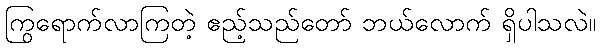
ကြွရောက်လာကြတဲ့ ဧည့်သည်တော် ဘယ်လောက် ရှိပါသလဲ။